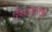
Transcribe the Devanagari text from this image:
स्त्रियांसारखी